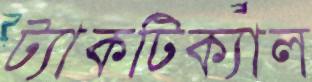
ট্যাকটিক্যাল